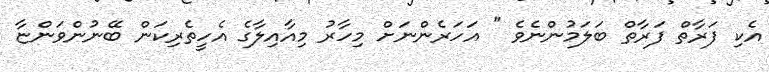
އެކި ފަރާތް ފަރާތް ބަލަމުންނެވެ " އަހަރެންނަށް މިހާރު މިއާއިލާގެ އެހީތެރިކަން ބޭނުންވަންޏާ